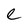
Character: e